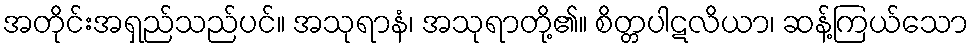
အတိုင်းအရှည်သည်ပင်။ အသုရာနံ၊ အသုရာတို့၏။ စိတ္တပါဋလိယာ၊ ဆန့်ကြယ်သော